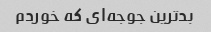
بدترین جوجه‌ای که خوردم